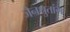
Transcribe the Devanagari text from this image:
जैनश्रुतांग